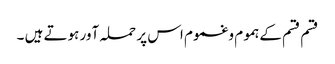
قسم قسم کےہموم وغموم اس پر حملہ آور ہوتے ہیں ۔